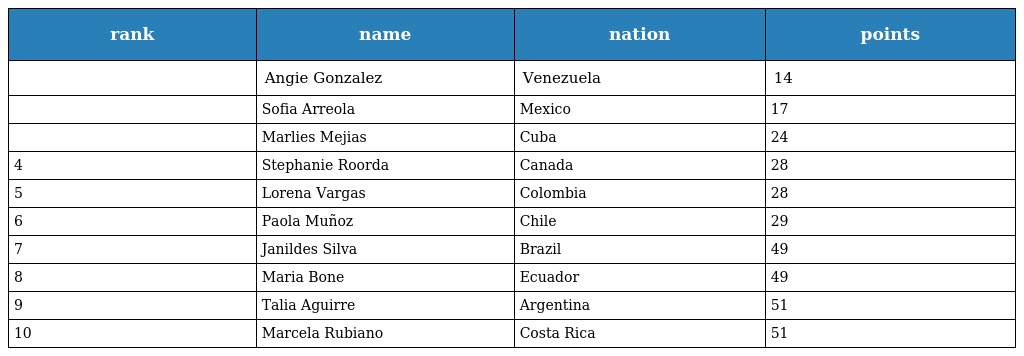
| rank | name | nation | points |
 | --- | --- | --- | --- |
 |  | Angie Gonzalez | Venezuela | 14 |
 |  | Sofia Arreola | Mexico | 17 |
 |  | Marlies Mejias | Cuba | 24 |
 | 4 | Stephanie Roorda | Canada | 28 |
 | 5 | Lorena Vargas | Colombia | 28 |
 | 6 | Paola Muñoz | Chile | 29 |
 | 7 | Janildes Silva | Brazil | 49 |
 | 8 | Maria Bone | Ecuador | 49 |
 | 9 | Talia Aguirre | Argentina | 51 |
 | 10 | Marcela Rubiano | Costa Rica | 51 |